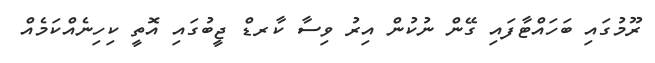
ރޫމުގައި ބަހައްޓާފައި ގޭން ނުކުން އިރު ވިސާ ކާރޑް ޖީބުގައި އޮތީ ކިހިނެއްކަމެއް